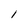
Character: l